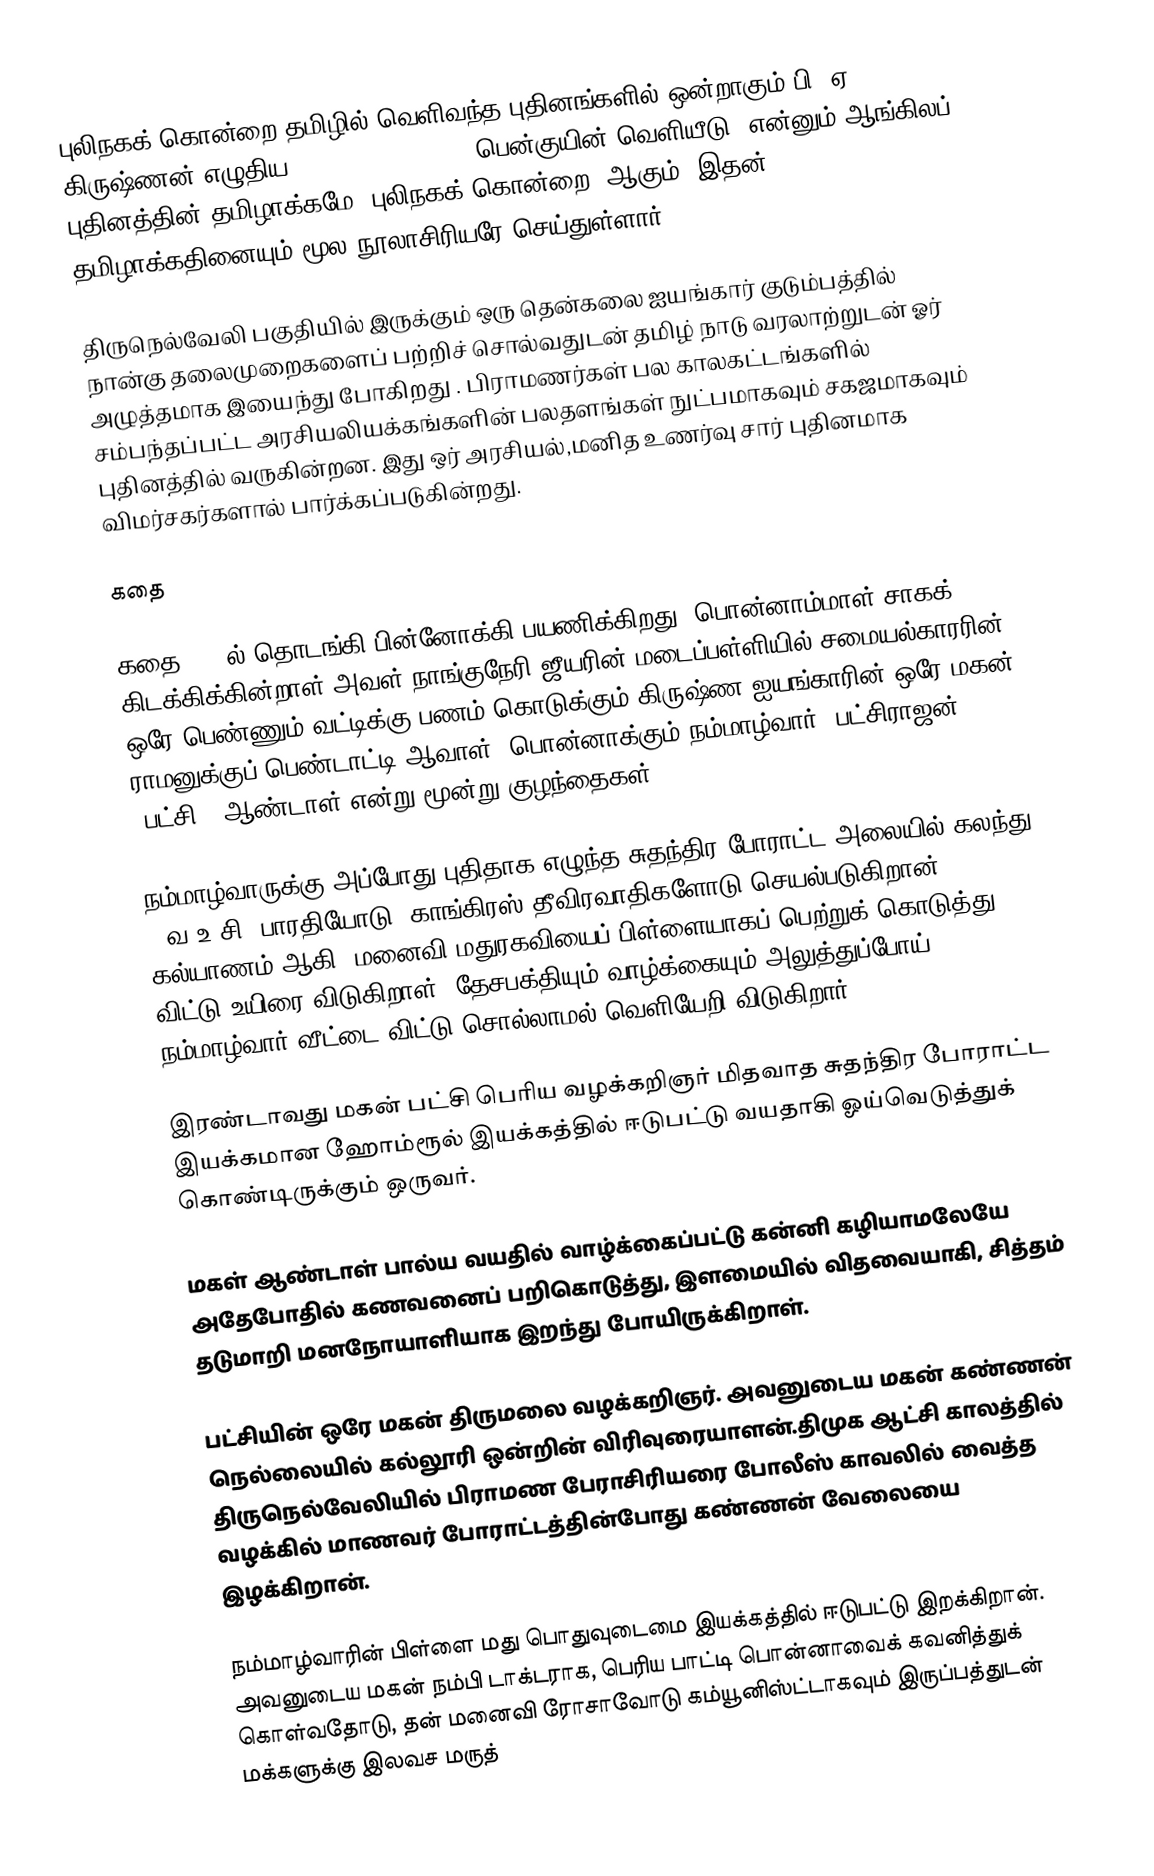
புலிநகக் கொன்றை தமிழில் வெளிவந்த புதினங்களில் ஒன்றாகும்.பி. ஏ. கிருஷ்ணன் எழுதிய "Tiger Claw Tree" (பென்குயின் வெளியீடு) என்னும் ஆங்கிலப் புதினத்தின் தமிழாக்கமே "புலிநகக் கொன்றை" ஆகும். இதன் தமிழாக்கதினையும் மூல நூலாசிரியரே செய்துள்ளார்.

திருநெல்வேலி பகுதியில் இருக்கும் ஒரு தென்கலை ஐயங்கார் குடும்பத்தில் நான்கு தலைமுறைகளைப் பற்றிச் சொல்வதுடன் தமிழ் நாடு வரலாற்றுடன் ஓர் அழுத்தமாக இயைந்து போகிறது . பிராமணர்கள் பல காலகட்டங்களில் சம்பந்தப்பட்ட அரசியலியக்கங்களின் பலதளங்கள் நுட்பமாகவும் சகஜமாகவும் புதினத்தில் வருகின்றன. இது ஒர் அரசியல்,மனித உணர்வு சார் புதினமாக விமர்சகர்களால் பார்க்கப்படுகின்றது.

கதை

கதை 1970ல் தொடங்கி பின்னோக்கி பயணிக்கிறது. பொன்னாம்மாள் சாகக் கிடக்கிக்கின்றாள் அவள் நாங்குநேரி ஜீயரின் மடைப்பள்ளியில் சமையல்காரரின் ஒரே பெண்ணும் வட்டிக்கு பணம் கொடுக்கும் கிருஷ்ண ஐயங்காரின் ஒரே மகன் ராமனுக்குப் பெண்டாட்டி ஆவாள். பொன்னாக்கும் நம்மாழ்வார், பட்சிராஜன் (பட்சி), ஆண்டாள் என்று மூன்று குழந்தைகள்.

நம்மாழ்வாருக்கு அப்போது புதிதாக எழுந்த சுதந்திர போராட்ட அலையில் கலந்து - வ.உ.சி, பாரதியோடு, காங்கிரஸ் தீவிரவாதிகளோடு செயல்படுகிறான். கல்யாணம் ஆகி, மனைவி  மதுரகவியைப் பிள்ளையாகப் பெற்றுக் கொடுத்து விட்டு உயிரை விடுகிறாள். தேசபக்தியும் வாழ்க்கையும் அலுத்துப்போய் நம்மாழ்வார் வீட்டை விட்டு சொல்லாமல் வெளியேறி விடுகிறார்.

இரண்டாவது மகன் பட்சி பெரிய வழக்கறிஞர் மிதவாத சுதந்திர போராட்ட இயக்கமான ஹோம்ரூல் இயக்கத்தில் ஈடுபட்டு வயதாகி ஓய்வெடுத்துக் கொண்டிருக்கும் ஒருவர்.

மகள் ஆண்டாள் பால்ய வயதில் வாழ்க்கைப்பட்டு கன்னி கழியாமலேயே அதேபோதில் கணவனைப் பறிகொடுத்து, இளமையில் விதவையாகி, சித்தம் தடுமாறி மனநோயாளியாக இறந்து போயிருக்கிறாள்.

பட்சியின் ஒரே மகன் திருமலை வழக்கறிஞர். அவனுடைய மகன் கண்ணன் நெல்லையில் கல்லூரி ஒன்றின் விரிவுரையாளன்.திமுக ஆட்சி காலத்தில் திருநெல்வேலியில் பிராமண பேராசிரியரை போலீஸ் காவலில் வைத்த வழக்கில்  மாணவர் போராட்டத்தின்போது கண்ணன் வேலையை இழக்கிறான்.

நம்மாழ்வாரின் பிள்ளை மது பொதுவுடைமை இயக்கத்தில் ஈடுபட்டு இறக்கிறான். அவனுடைய மகன் நம்பி டாக்டராக, பெரிய பாட்டி பொன்னாவைக் கவனித்துக் கொள்வதோடு, தன் மனைவி ரோசாவோடு கம்யூனிஸ்ட்டாகவும் இருப்பத்துடன் மக்களுக்கு இலவச மருத்